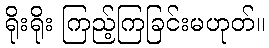
ရိုးရိုး ကြည့်ကြခြင်းမဟုတ်။